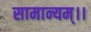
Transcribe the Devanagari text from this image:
सामान्यम्।।